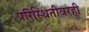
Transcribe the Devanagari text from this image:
परिस्थितीवरही